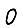
Digit: 0